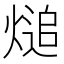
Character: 㷟